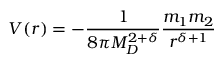
V ( r ) = - \frac { 1 } { 8 \pi M _ { D } ^ { 2 + \delta } } \frac { m _ { 1 } m _ { 2 } } { r ^ { \delta + 1 } }